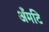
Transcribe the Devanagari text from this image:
अँमटि